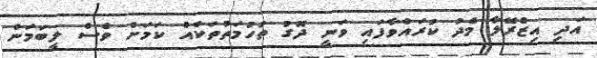
އަދި އިޒްެރޭލާ މެދު ކުރައްވާފައި ވަނީ ދޮގު ތުހުމަތުތަކެއް ކަމަށް ވެސް ލީބަމަން